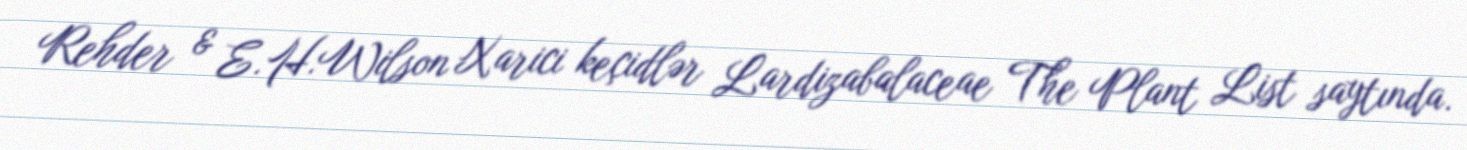
Rehder & E.H.Wilson Xarici keçidlər Lardizabalaceae The Plant List saytında.